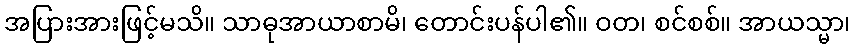
အပြားအားဖြင့်မသိ။ သာဓုအာယာစာမိ၊ တောင်းပန်ပါ၏။ ဝတ၊ စင်စစ်။ အာယသ္မာ၊